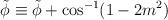
LaTeX: \begin{align*}\tilde\phi \equiv \tilde \phi + \cos^{-1}(1 - 2m^2)\end{align*}